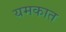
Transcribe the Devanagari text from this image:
यमकात